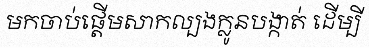
មកចាប់ផ្តើមសាកល្បងក្លូនបង្កាត់ ដើម្បី